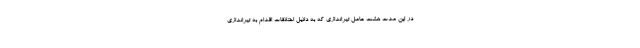
در این مدت هشت عامل تیراندازی که به دلایل اختلافات اقدام به تیراندازی